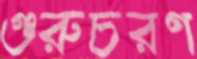
গুরুচরণ